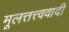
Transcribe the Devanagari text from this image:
मूलत्तत्त्ववादी